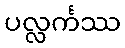
ပလ္လင်္ကဿ